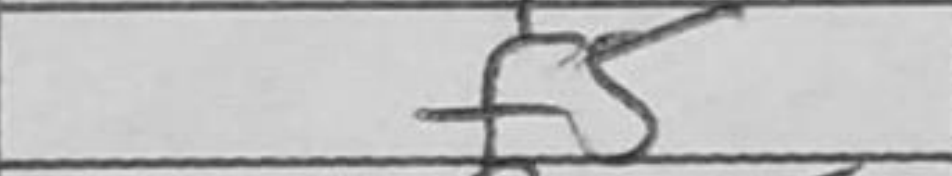
Transcription: f5